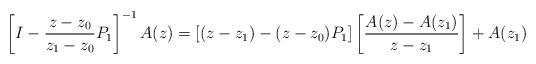
LaTeX: \begin{align*} \left[I-\frac{z-z_0}{z_1-z_0}P_1\right]^{-1}A(z)=[(z-z_1)-(z-z_0)P_1]\left[\frac{A(z)-A(z_1)}{z-z_1}\right]+A(z_1) \end{align*}